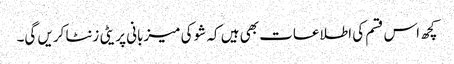
کچھ اس قسم کی اطلاعات بھی ہیں کہ شو کی میزبانی پریٹی زنٹا کریں گی۔